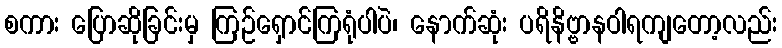
စကား ပြောဆိုခြင်းမှ ကြဉ်ရှောင်ကြရုံပါပဲ၊ နောက်ဆုံး ပရိနိဗ္ဗာနဝါရကျတော့လည်း